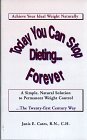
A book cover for Today You Can Stop Dieting.... Forever; R.N., C.H., Janis E. Cates; Health, Fitness & Dieting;